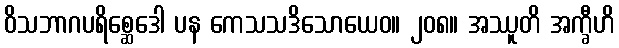
ဝိသဘာဂပရိစ္ဆေဒေါ ပန ကေသသဒိသောယေဝ။ ၂၀၈။ အဿူတိ အက္ခီဟိ